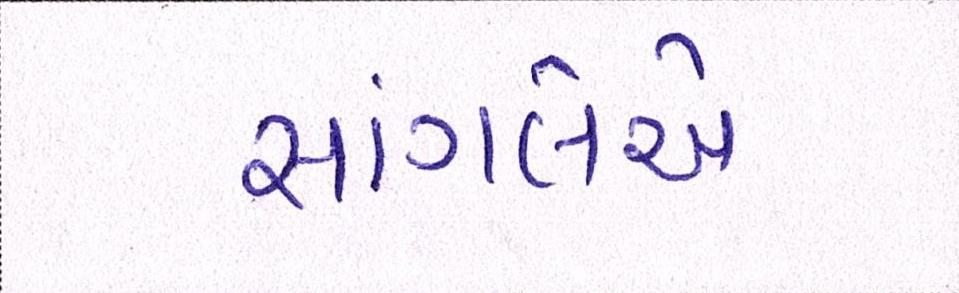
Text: સાંગલેએ